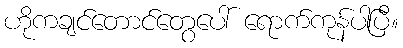
ဟိုကချင်တောင်တွေပေါ် ရောက်ကုန်ပါပြီ။